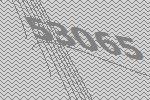
53065